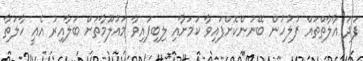
ފަދަ އާލާތްތައް ފުލުހުން ބޭނުންކޮށްފައިވާ ކަމަށާއި ލިބިފައިވާ މައުލޫމާތަށް ބަލާއިރު އެއީ ހާލަތާ